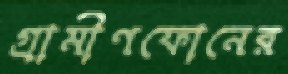
গ্রামীণফোনের